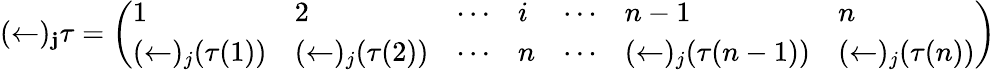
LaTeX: (\leftarrow)_{\mathbf{j}}\tau={\left(\begin{array}{lllllll}{1}&{2}&{\cdots}&{i}&{\cdots}&{n-1}&{n}\\ {(\leftarrow)_{j}(\tau(1))}&{(\leftarrow)_{j}(\tau(2))}&{\cdots}&{n}&{\cdots}&{(\leftarrow)_{j}(\tau(n-1))}&{(\leftarrow)_{j}(\tau(n))}\end{array}\right)}